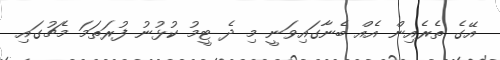
އޭގެ ތެރެއިން އެއް ބެނާގައިވަނީ މި ދެ ޓީމު ކުޅުނު ފުރަތަމަ މެޗުގައި